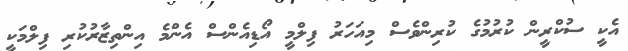
އެކީ ސުކްރީން ކުރުމުގެ ކުރިންވެސް މިއަަހަރު ފިލްމީ އޯޑިއެންސް އެންމެ އިންތިޒާރުކުރި ފިލްމަކީ